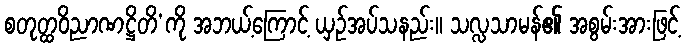
စတုတ္ထဝိညာဏဋ္ဌိတိ’ကို အဘယ့်ကြောင့် ယှဉ်အပ်သနည်း။ သလ္လသာမန်၏ အစွမ်းအားဖြင့်